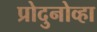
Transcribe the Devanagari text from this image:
प्रोदुनोव्हा